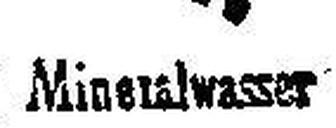
Miness###